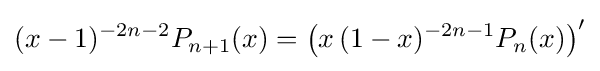
(x-1)^{-2n-2}P_{n+1}(x)=\left(x\,(1-x)^{-2n-1}P_{n}(x)\right)^{\prime }